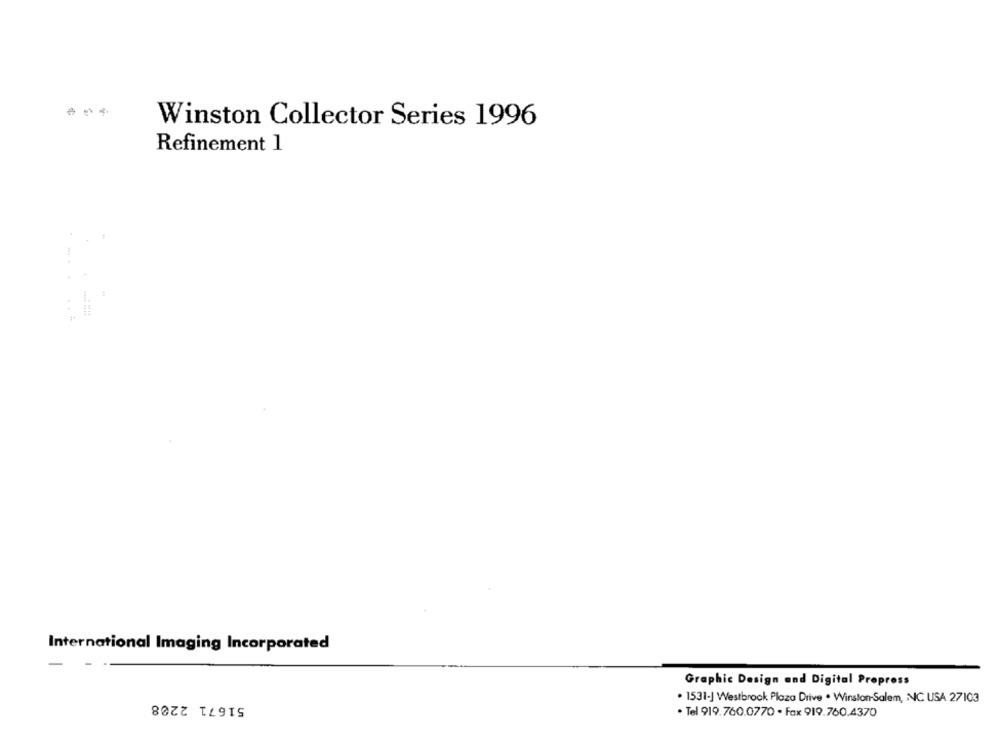
Winston Collector Series 1996
Refinement 1
International Imaging Incorporated
Graphic Design and Digital Propress
51671 2208
1531-] Westbrook Plaza Drive . Winston-Salem, NIC USA 27103
· Tel 919.760.0770 · Fax 919.760.4370